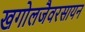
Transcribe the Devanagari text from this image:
खगोलजैवरसायन